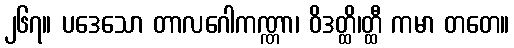
၂၆၇။ ပဒေသော တာလဂေါကဏ္ဏာ၊ ဝိဒတ္ထိ၊တ္ထီ ကမာ တတေ။